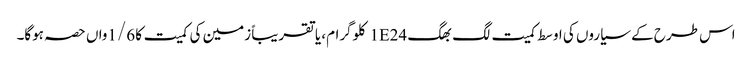
اس طرح کے سیاروں کی اوسط کمیت لگ بھگ 1E24 کلوگرام، یا تقریباً زمین کی کمیت کا 1/6واں حصہ ہوگا۔